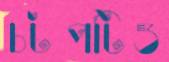
চটপটিও